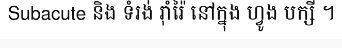
Subacute និង ទំរង់ រ៉ាំរ៉ៃ នៅក្នុង ហ្វូង បក្សី ។